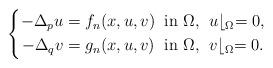
LaTeX: \begin{align*}\left\{\begin{alignedat}{2}-\Delta_p u & =f_n(x,u,v)\;\; &&\mbox{in $\Omega$,} \;\; u\lfloor_\Omega=0,\\-\Delta_q v & =g_n(x,u,v)\;\; &&\mbox{in $\Omega$,} \;\; v\lfloor_\Omega=0.\end{alignedat}\right.\end{align*}